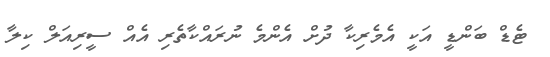
ޓެޑް ބަންޑީ އަކީ އެމެރިކާ ދުށް އެންމެ ނުރައްކާތެރި އެއް ސީރިއަލް ކިލާ